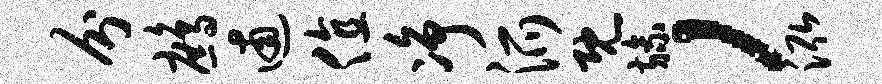
分鹧逋值净派既旒，泓